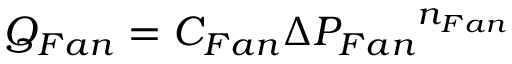
Q _ { F a n } = C _ { F a n } { { \Delta } P _ { F a n } } ^ { n _ { F a n } } \,